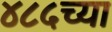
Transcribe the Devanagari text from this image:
४८५च्या